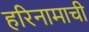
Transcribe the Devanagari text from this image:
हरिनामाची